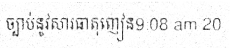
ច្បាប់នូវសារធាតុញៀន9:08 am 20